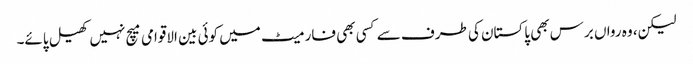
لیکن، وہ رواں برس بھی پاکستان کی طرف سے کسی بھی فارمیٹ میں کوئی بین الاقوامی میچ نہیں کھیل پائے۔